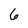
Character: 6